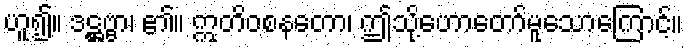
ဟူ၍။ ဒဋ္ဌဗ္ဗာ၊ ၏။ ဣတိဝစနတော၊ ဤသို့ဟောတော်မူသောကြောင့်။